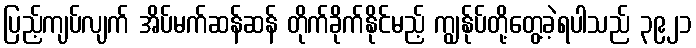
ပြည့်ကျပ်လျက် အိပ်မက်ဆန်ဆန် တိုက်ခိုက်နိုင်မည့် ကျွန်ုပ်တို့တွေ့ခဲ့ရပါသည် ၃၉၂၁